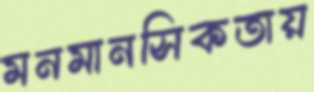
মনমানসিকতায়